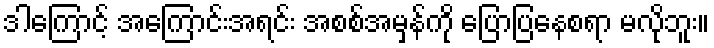
ဒါကြောင့် အကြောင်းအရင်း အစစ်အမှန်ကို ပြောပြနေစရာ မလိုဘူး။